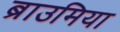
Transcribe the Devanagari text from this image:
ब्राउमिया